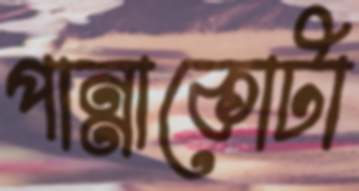
পান্নাকোটা